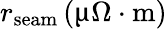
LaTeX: r_{\textrm{seam}}\, (\upmu\Omega\cdot\textrm{m})